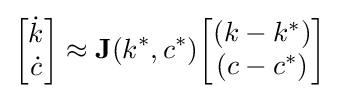
{\begin{bmatrix}{\dot {k}}\\{\dot {c}}\end{bmatrix}}\approx \mathbf {J} (k^{\ast },c^{\ast }){\begin{bmatrix}(k-k^{\ast })\\(c-c^{\ast })\end{bmatrix}}